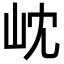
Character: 𭖉